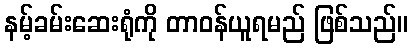
နမ့်ခမ်းဆေးရုံကို တာဝန်ယူရမည် ဖြစ်သည်။